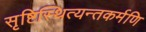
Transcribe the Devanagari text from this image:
सृष्टिस्थित्यन्तकर्मणि